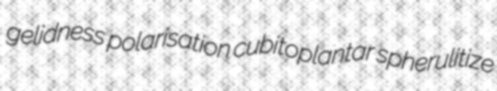
gelidness polarisation cubitoplantar spherulitize